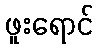
ဖူးရောင်